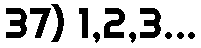
37) 1,2,3...